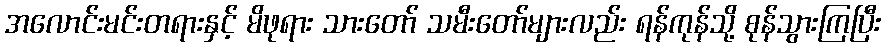
အလောင်းမင်းတရားနှင့် မိဖုရား သားတော် သမီးတော်များလည်း ရန်ကုန်သို့ စုန်သွားကြပြီး